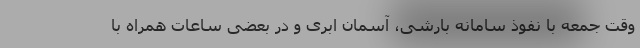
وقت جمعه با نفوذ سامانه بارشی، آسمان ابری و در بعضی ساعات همراه با